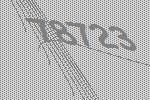
78723